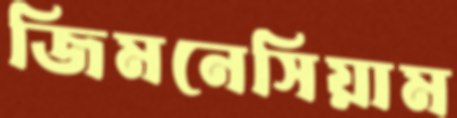
জিমনেসিয়াম